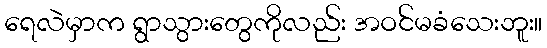
ရေလဲမှာက ရွာသွားတွေကိုလည်း အဝင်မခံသေးဘူး။